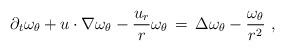
LaTeX: \begin{align*} \partial_t \omega_\theta + u\cdot\nabla\omega_\theta - \frac{u_r}{r}\omega_\theta \,=\, \Delta \omega_\theta - \frac{\omega_\theta}{r^2}~,\end{align*}